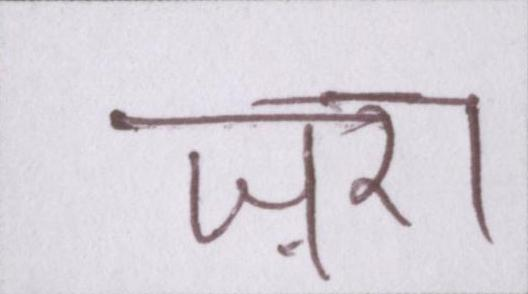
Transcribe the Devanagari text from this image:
ज़रा